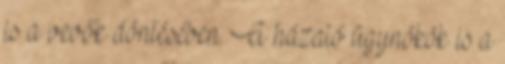
is a vevők döntésében. A házaló ügynökök is a